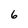
Character: 6